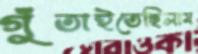
গুঁতাইতেছিলাম